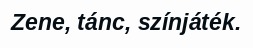
Zene, tánc, színjáték.